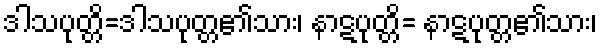
ဒါသပုတ္တိ=ဒါသပုတ္တ၏သား၊ နာဋပုတ္တိ= နာဋပုတ္တ၏သား၊